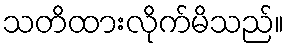
သတိထားလိုက်မိသည်။